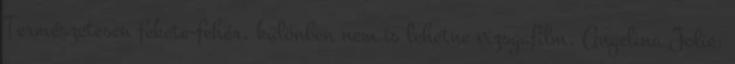
Természetesen fekete-fehér, különben nem is lehetne vizsgafilm. Angelina Jolie: